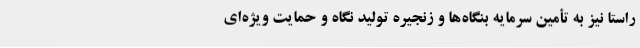
راستا نیز به تأمین سرمایه بنگاه‌ها و زنجیره تولید نگاه و حمایت ویژه‌ای